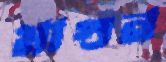
মাগুন